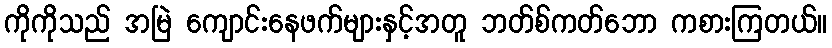
ကိုကိုသည် အမြဲ ကျောင်းနေဖက်များနှင့်အတူ ဘတ်စ်ကတ်ဘော ကစားကြတယ်။